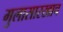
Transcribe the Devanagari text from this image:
मुलासारखाच